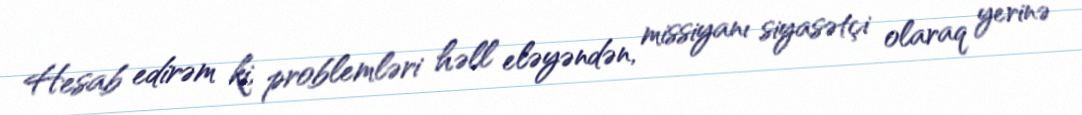
Hesab edirəm ki, problemləri həll eləyəndən, missiyanı siyasətçi olaraq yerinə